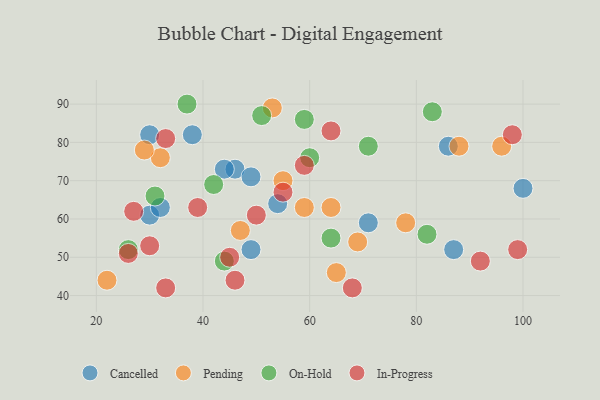
{"axis": {"x": "GDP", "y": "Life Expectancy"}, "legend": ["Cancelled", "In-Progress", "On-Hold", "Pending"], "data": [{"x": "87", "y": 52, "type": "Cancelled"}, {"x": "30", "y": 61, "type": "Cancelled"}, {"x": "38", "y": 82, "type": "Cancelled"}, {"x": "46", "y": 73, "type": "Cancelled"}, {"x": "30", "y": 82, "type": "Cancelled"}, {"x": "32", "y": 63, "type": "Cancelled"}, {"x": "71", "y": 59, "type": "Cancelled"}, {"x": "49", "y": 71, "type": "Cancelled"}, {"x": "100", "y": 68, "type": "Cancelled"}, {"x": "49", "y": 52, "type": "Cancelled"}, {"x": "44", "y": 73, "type": "Cancelled"}, {"x": "86", "y": 79, "type": "Cancelled"}, {"x": "54", "y": 64, "type": "Cancelled"}, {"x": "69", "y": 54, "type": "Pending"}, {"x": "78", "y": 59, "type": "Pending"}, {"x": "65", "y": 46, "type": "Pending"}, {"x": "55", "y": 70, "type": "Pending"}, {"x": "32", "y": 76, "type": "Pending"}, {"x": "88", "y": 79, "type": "Pending"}, {"x": "22", "y": 44, "type": "Pending"}, {"x": "64", "y": 63, "type": "Pending"}, {"x": "59", "y": 63, "type": "Pending"}, {"x": "47", "y": 57, "type": "Pending"}, {"x": "29", "y": 78, "type": "Pending"}, {"x": "96", "y": 79, "type": "Pending"}, {"x": "53", "y": 89, "type": "Pending"}, {"x": "83", "y": 88, "type": "On-Hold"}, {"x": "64", "y": 55, "type": "On-Hold"}, {"x": "71", "y": 79, "type": "On-Hold"}, {"x": "60", "y": 76, "type": "On-Hold"}, {"x": "82", "y": 56, "type": "On-Hold"}, {"x": "42", "y": 69, "type": "On-Hold"}, {"x": "26", "y": 52, "type": "On-Hold"}, {"x": "31", "y": 66, "type": "On-Hold"}, {"x": "59", "y": 86, "type": "On-Hold"}, {"x": "44", "y": 49, "type": "On-Hold"}, {"x": "37", "y": 90, "type": "On-Hold"}, {"x": "51", "y": 87, "type": "On-Hold"}, {"x": "50", "y": 61, "type": "In-Progress"}, {"x": "46", "y": 44, "type": "In-Progress"}, {"x": "59", "y": 74, "type": "In-Progress"}, {"x": "99", "y": 52, "type": "In-Progress"}, {"x": "55", "y": 67, "type": "In-Progress"}, {"x": "30", "y": 53, "type": "In-Progress"}, {"x": "68", "y": 42, "type": "In-Progress"}, {"x": "64", "y": 83, "type": "In-Progress"}, {"x": "33", "y": 81, "type": "In-Progress"}, {"x": "98", "y": 82, "type": "In-Progress"}, {"x": "26", "y": 51, "type": "In-Progress"}, {"x": "27", "y": 62, "type": "In-Progress"}, {"x": "92", "y": 49, "type": "In-Progress"}, {"x": "33", "y": 42, "type": "In-Progress"}, {"x": "45", "y": 50, "type": "In-Progress"}, {"x": "39", "y": 63, "type": "In-Progress"}]}